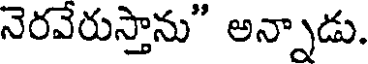
నెరవేరుస్తాను" అన్నాడు.